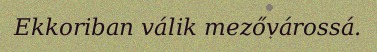
Ekkoriban válik mezővárossá.